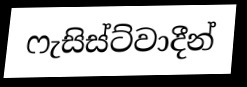
ෆැසිස්ට්වාදීන්